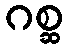
ဂစ္ဆ